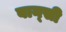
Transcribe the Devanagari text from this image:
बान्‍सी